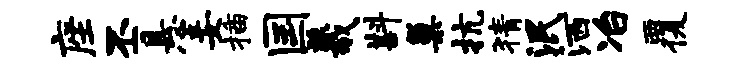
座丕悬妾插国羲斟巢抗猜泯洒冶覆